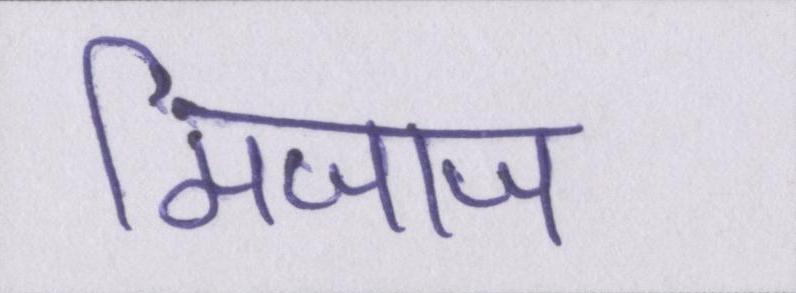
मिजाज